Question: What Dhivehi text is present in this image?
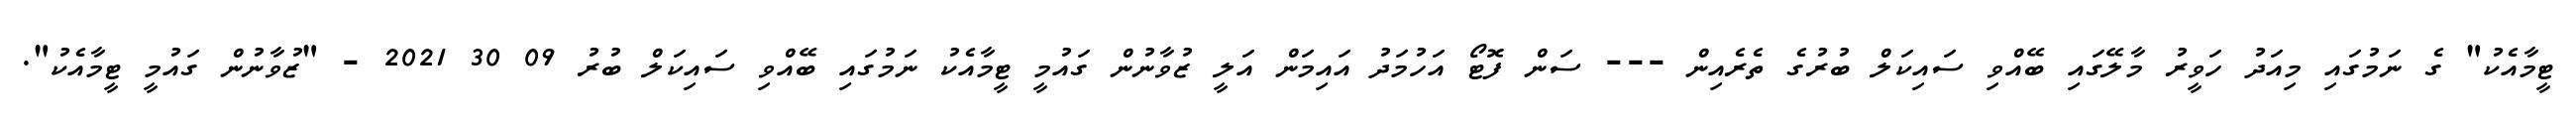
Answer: ޓީމާއެކު" ގެ ނަމުގައި މިއަދު ހަވީރު މާލޭގައި ބޭއްވި ސައިކަލް ބުރުގެ ތެރެއިން --- ސަން ފޮޓޯ އަހުމަދު އައިމަން އަލީ ޒުވާނުން ގައުމީ ޓީމާއެކު ނަމުގައި ބޭއްވި ސައިކަލް ބުރު 09 30 2021 - "ޒުވާނުން ގައުމީ ޓީމާއެކު".